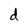
Character: d